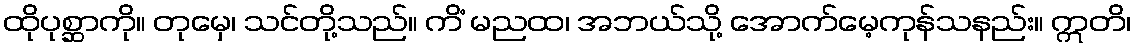
ထိုပုစ္ဆာကို။ တုမှေ၊ သင်တို့သည်။ ကိံ မညထ၊ အဘယ်သို့ အောက်မေ့ကုန်သနည်း။ ဣတိ၊